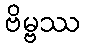
ဗိမ္ဗဿ